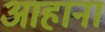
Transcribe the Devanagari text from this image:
आहाना